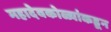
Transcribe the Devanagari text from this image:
महादेवकोळ्यांकडून